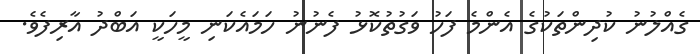
ގެއްލުނު ކުދިންތަކުގެ އެންމެ ފަހު ވަގުތުކޮޅު ފެނުނު ހަމައެކަނި މީހަކީ އަބްދު އާރިފެވެ.